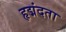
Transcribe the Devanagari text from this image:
हृद्मंदता